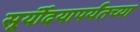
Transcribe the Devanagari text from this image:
सूर्यॊदयापर्यंतच्या